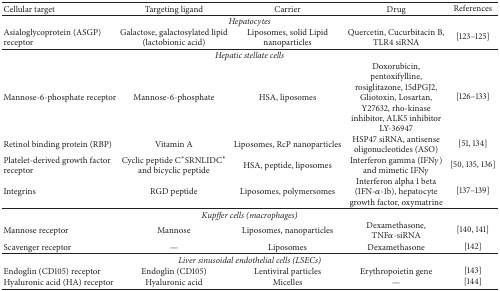
<table><thead><tr><td><b>Cellular target</b></td><td><b>Targeting ligand</b></td><td><b>Carrier</b></td><td><b>Drug</b></td><td><b>References</b></td></tr></thead><tbody><tr><td colspan="5"><i>Hepatocytes</i></td></tr><tr><td>Asialoglycoprotein (ASGP) receptor</td><td>Galactose, galactosylated lipid (lactobionic acid)</td><td>Liposomes, solid Lipid nanoparticles</td><td>Quercetin, Cucurbitacin B, TLR4 siRNA</td><td>[123–125]</td></tr><tr><td colspan="5"><i>Hepatic stellate cells</i></td></tr><tr><td>Mannose-6-phosphate receptor</td><td>Mannose-6-phosphate</td><td>HSA, liposomes</td><td>Doxorubicin, pentoxifylline, rosiglitazone, 15dPGJ2, Gliotoxin, Losartan, Y27632, rho-kinase inhibitor, ALK5 inhibitor LY-36947</td><td>[126–133]</td></tr><tr><td>Retinol binding protein (RBP)</td><td>Vitamin A</td><td>Liposomes, RcP nanoparticles</td><td>HSP47 siRNA, antisense oligonucleotides (ASO)</td><td>[51, 134]</td></tr><tr><td>Platelet-derived growth factor receptor</td><td>Cyclic peptide C<sup><i>∗</i></sup>SRNLIDC<sup><i>∗</i></sup> and bicyclic peptide</td><td>HSA, peptide, liposomes</td><td>Interferon gamma (IFN<i>γ</i>) and mimetic IFN<i>γ</i></td><td>[50, 135, 136]</td></tr><tr><td>Integrins</td><td>RGD peptide</td><td>Liposomes, polymersomes</td><td>Interferon alpha 1 beta (IFN-<i>α</i>-1b), hepatocyte growth factor, oxymatrine</td><td>[137–139]</td></tr><tr><td colspan="5"><i>Kupffer cells (macrophages)</i></td></tr><tr><td>Mannose receptor</td><td>Mannose</td><td>Liposomes, nanoparticles</td><td>Dexamethasone, TNF<i>α</i>-siRNA</td><td>[140, 141]</td></tr><tr><td>Scavenger receptor</td><td>—</td><td>Liposomes</td><td>Dexamethasone</td><td>[142]</td></tr><tr><td colspan="5"><i>Liver sinusoidal endothelial cells (LSECs)</i></td></tr><tr><td>Endoglin (CD105) receptor</td><td>Endoglin (CD105)</td><td>Lentiviral particles</td><td>Erythropoietin gene</td><td>[143]</td></tr><tr><td>Hyaluronic acid (HA) receptor</td><td>Hyaluronic acid</td><td>Micelles</td><td>—</td><td>[144]</td></tr></tbody></table>